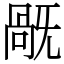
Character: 旤